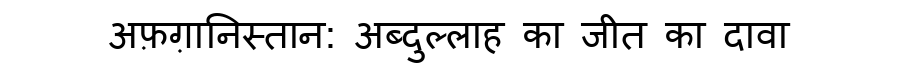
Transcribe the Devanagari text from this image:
अफ़ग़ानिस्तान: अब्दुल्लाह का जीत का दावा